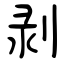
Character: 剥